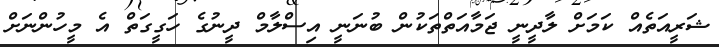
ޝަރީއަތެއް ކަމަށް ލާދީނީ ޖަމާއަތްތަކުން ބުނަނީ އިސްލާމް ދީނުގެ ހަގީގަތް އެ މީހުންނަށް